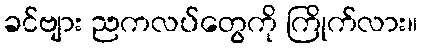
ခင်ဗျား ညကလပ်တွေကို ကြိုက်လား။